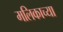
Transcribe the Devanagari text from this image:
मलिकाच्या